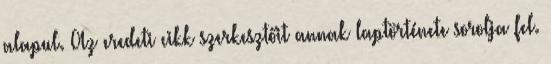
alapul. Az eredeti cikk szerkesztőit annak laptörténete sorolja fel.